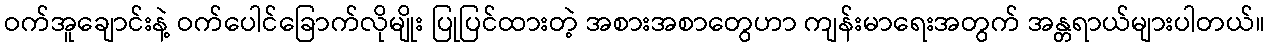
ဝက်အူချောင်းနဲ့ ဝက်ပေါင်ခြောက်လိုမျိုး ပြုပြင်ထားတဲ့ အစားအစာတွေဟာ ကျန်းမာရေးအတွက် အန္တရာယ်များပါတယ်။